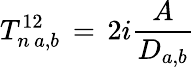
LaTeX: T_{n\, a,b}^{12}\, =\, 2i\frac{A}{D_{a,b}}